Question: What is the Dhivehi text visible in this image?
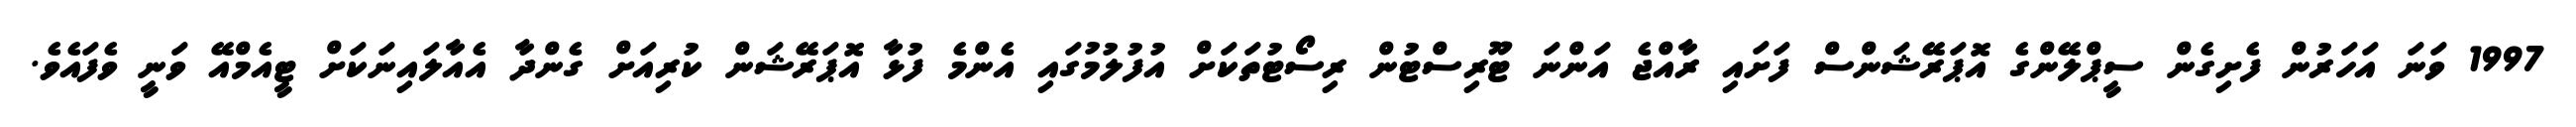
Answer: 1997 ވަނަ އަހަރުން ފެށިގެން ސީޕްލޭންގެ އޮޕަރޭޝަންސް ފަށައި ރާއްޖެ އަންނަ ޓޫރިސްޓުން ރިސޯޓުތަކަށް އުފުލުމުގައި އެންމެ ފުޅާ އޮޕަރޭޝަން ކުރިއަށް ގެންދާ އެއާލައިނަކަށް ޓީއެމްއޭ ވަނީ ވެފައެވެ.